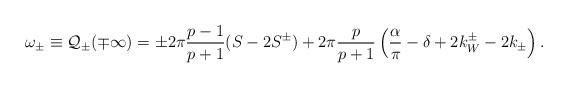
LaTeX: \begin{align*}\omega _{\pm }\equiv {\cal Q}_{\pm }(\mp \infty )=\pm 2\pi \displaystyle\frac{p-1}{p+1}(S-2S^{\pm })+2\pi \displaystyle\frac{p}{p+1}\left( \displaystyle\frac{\alpha }{\pi }-\delta +2k_{W}^{\pm }-2k_{\pm }\right) .\end{align*}